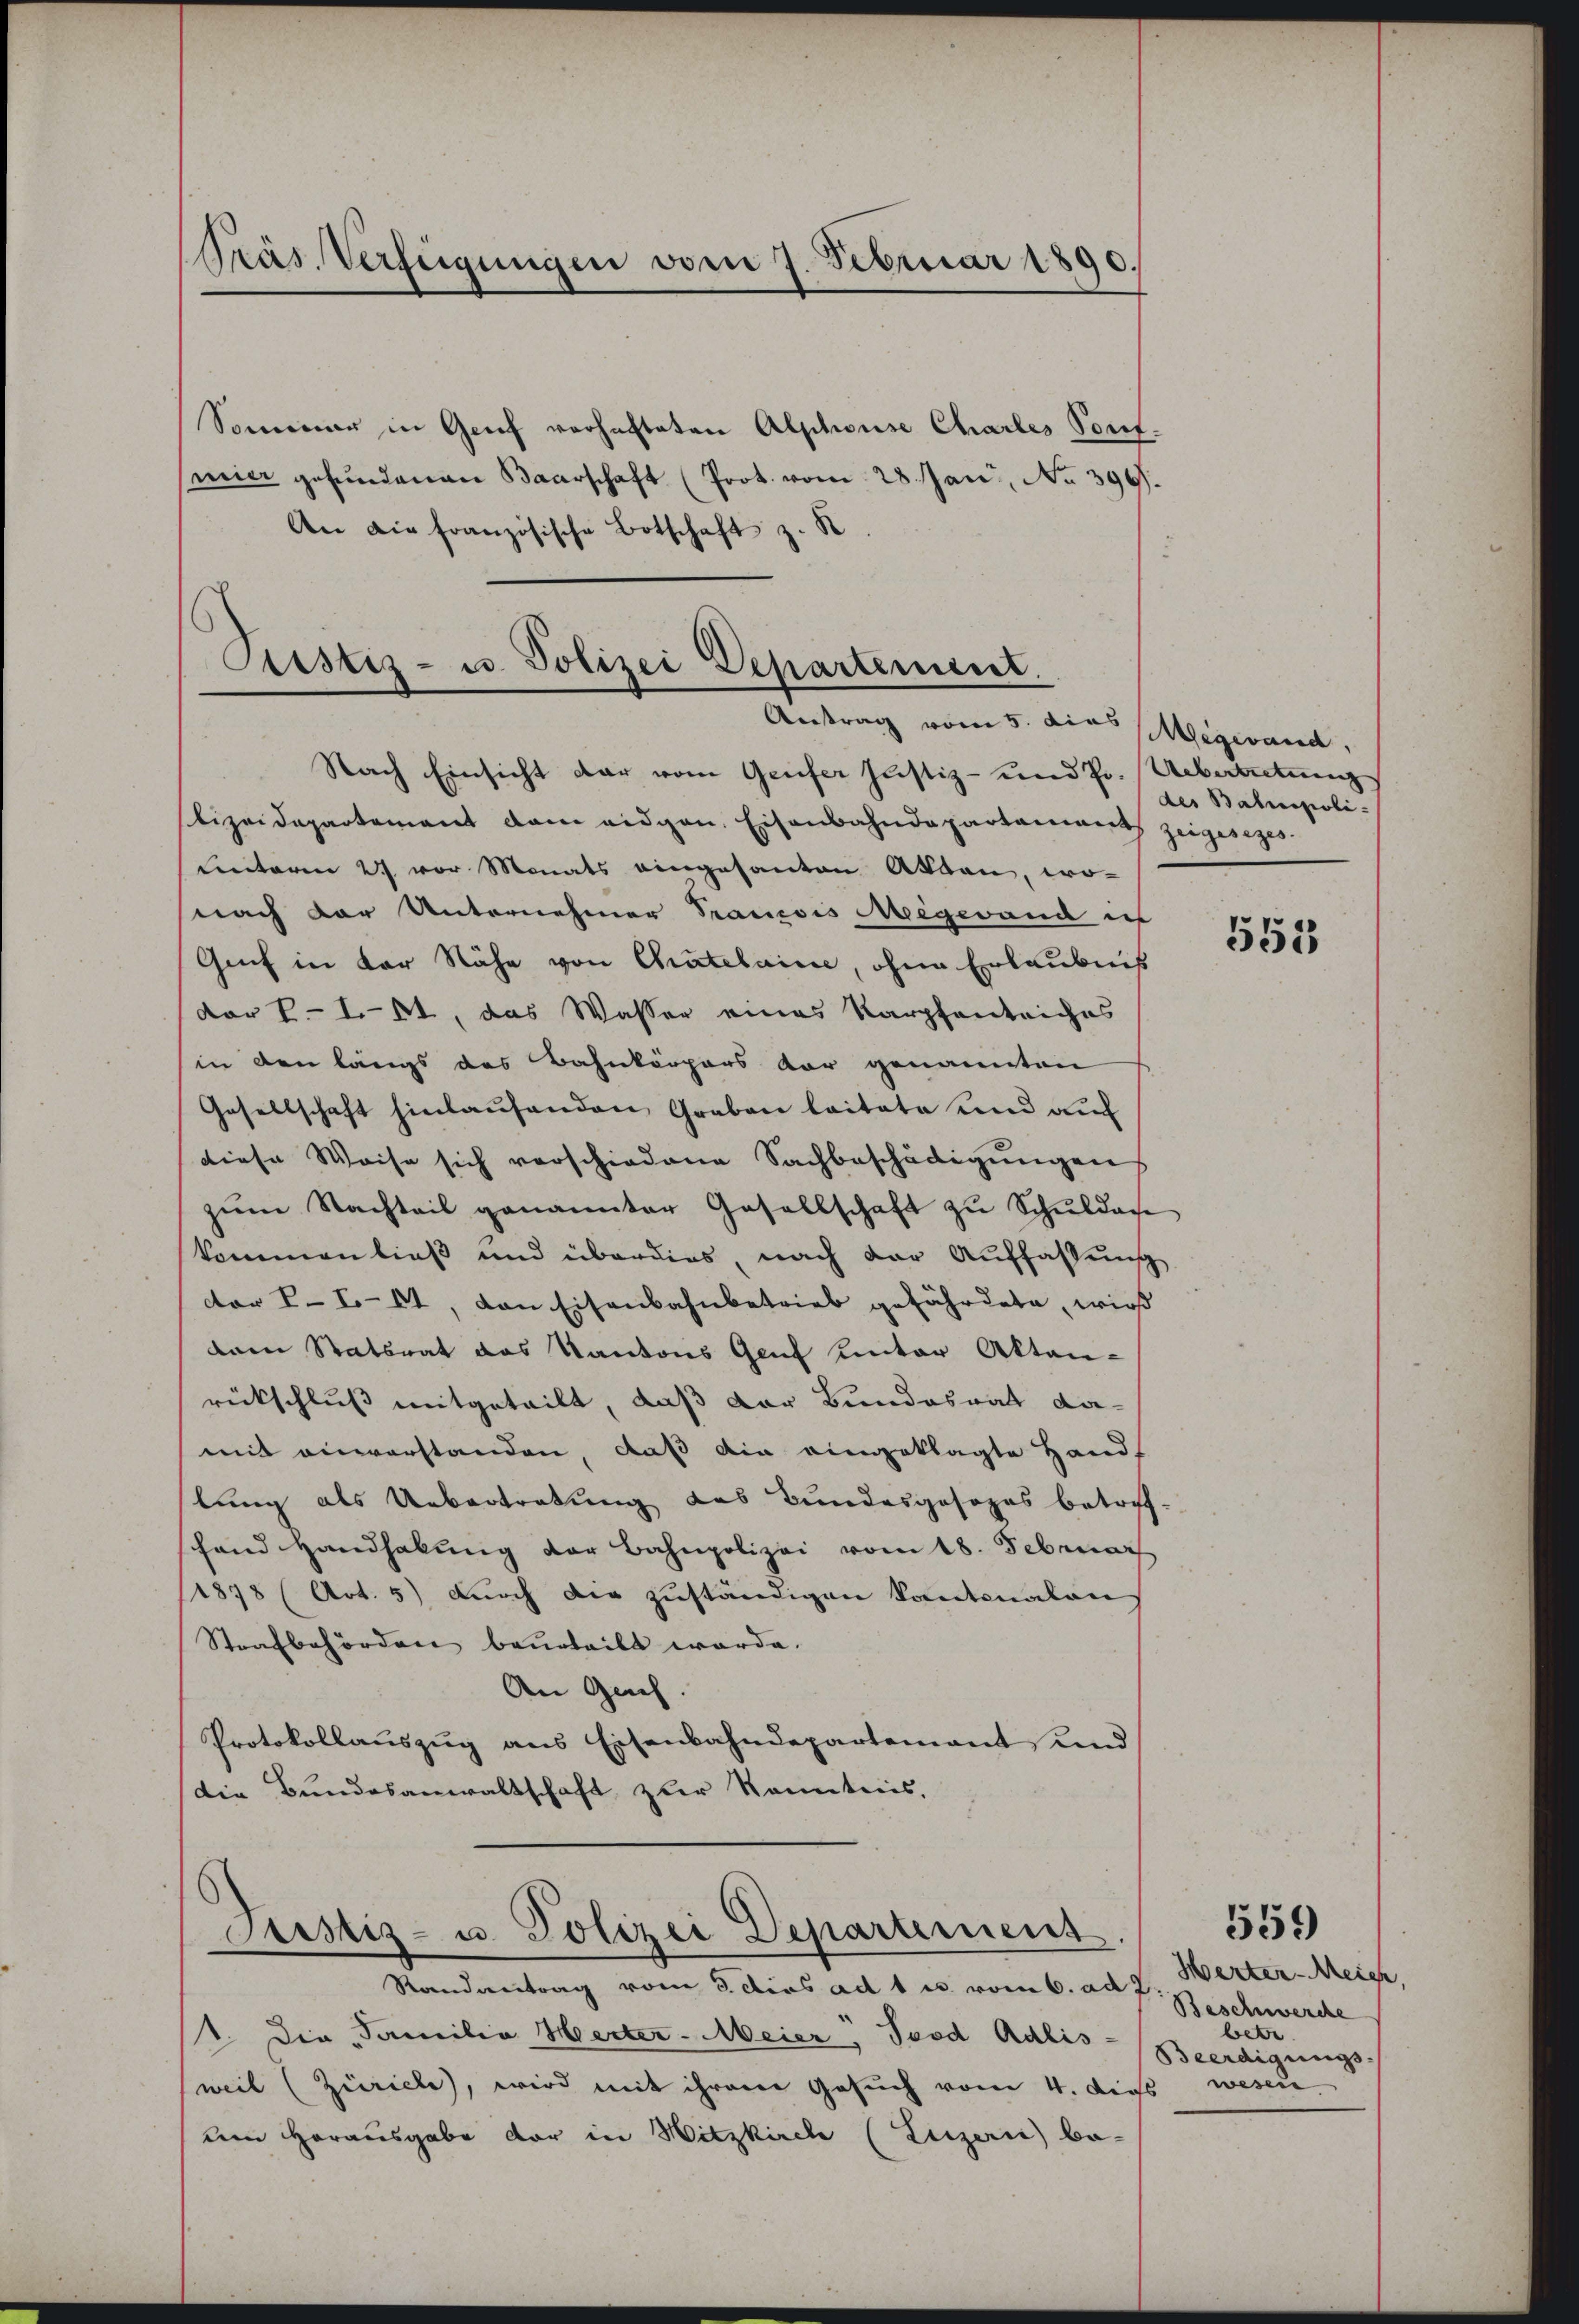
Präs. Verfügungen vom 7. Februar 1890.

Sommer in Genf verhachteten Alphonse Chartes Pont.
mier gefundenen Baarschaft (Prot. vom 28. Jan, No 396.
An die französische Botschaft z. B

Pestiz- u. Polizei Departement.
Antrag vom 5. dies Megewand,

Nach Einsicht dar vom Genfer Justiz- und Pr. Uebertretung
lizeidepartement dem eidgen. Eisenbahndepartaments zeigesezes¬
Lentaren 27 vor Monats eingesanten Akten, wo-
nach der Unternehmer Trancois Megewand ic
Grf in der Nähe von Chatelaine, ohne Erlaubniß
dor L. 101, das Wasser eines Karpfentriches
in den längs des Bahnkörpers vor genannten
Gesellschaft hinlaufenden Graben leitete und auf
diese Weise sich verschiedene Sachbeschädigungens
zum Nachteil genannter Gesellschaft zu Schuldan
kommen ließ und überdies, nach der Auffassung
.
cor I. 164, von Eisenbahnbetrieb gefährdete, wird
dem Statsrat das Kantons Genf unter Akten-
rückschluß mitgeteilt, daß der Bundesrat da-
mit einverstanden, daß ein eingeklagte Handt
lung als Uebertretung des Bundesgesezes betref
hand Handhabung der Bahnpolizei vom 18. Februar
1878 (Art. 5) durch dir zuständigen kantonalen
Strafbehörden beurteilt werde.
An Gech.
Protokollauszug aus Eisenbahndepartement und
Die Bundesanwaltschaft zur Kenntnis,

Justiz- u. Polizei Departemens

Randantrag vom 3. dies ad 1 u. vom 6. ad 2.
1. Die „Familia Herter-Meier, Tesd Adlis-
weil (Züricle, wird mit ihrem Gesuch vom 4. die wesen
um Herausgabe der in Hitzkirch (Luzern) be-

des Balingioli¬

553

Herter-Meich,
Beschwerche
bete
Beerdigungs-

559